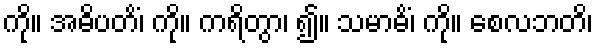
ကို။ အဓိပတိံ၊ ကို။ ကရိတွာ၊ ၍။ သမာဓိံ၊ ကို။ စေလဘတိ၊